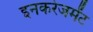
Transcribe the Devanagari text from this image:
इनकरेजमेंट